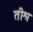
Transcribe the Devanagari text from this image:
तीश्र